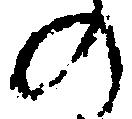
の